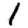
Digit: 1